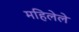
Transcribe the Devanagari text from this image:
महिलेले